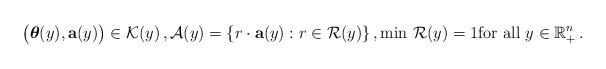
\begin{align*}\big(\boldsymbol{\theta}(y),\mathbf{a}(y)\big)\in \mathcal{K}(y)\,,\mathcal{A}(y)=\{r\cdot\mathbf{a}(y): r\in \mathcal{R}(y)\}\,,\min\, \mathcal{R}(y)=1 {\mathrm{for\ all\ }} y\in \mathbb{R}^n_+\,.\end{align*}